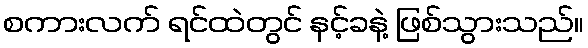
စကားလက် ရင်ထဲတွင် နင့်ခနဲ့ ဖြစ်သွားသည်။